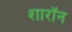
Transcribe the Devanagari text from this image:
शारॉन